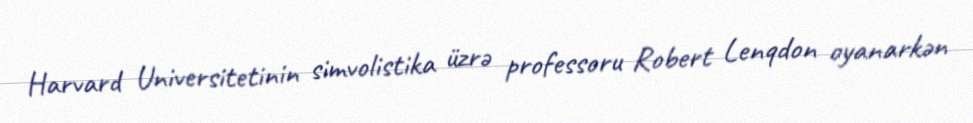
Harvard Universitetinin simvolistika üzrə professoru Robert Lenqdon oyanarkən